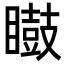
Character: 𭿢